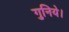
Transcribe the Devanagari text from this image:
गुनिये।